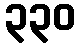
၃၃၀